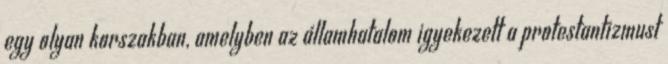
egy olyan korszakban, amelyben az államhatalom igyekezett a protestantizmust